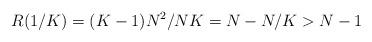
LaTeX: \begin{align*}R(1/K)=(K-1)N^2/NK=N-N/K>N-1\end{align*}